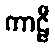
ကာဠီ